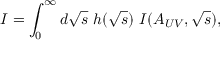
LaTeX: { \cal I } = \int _ { 0 } ^ { \infty } d \sqrt s \ h ( \sqrt s ) \ { \cal I } ( A _ { U V } , \sqrt s ) ,